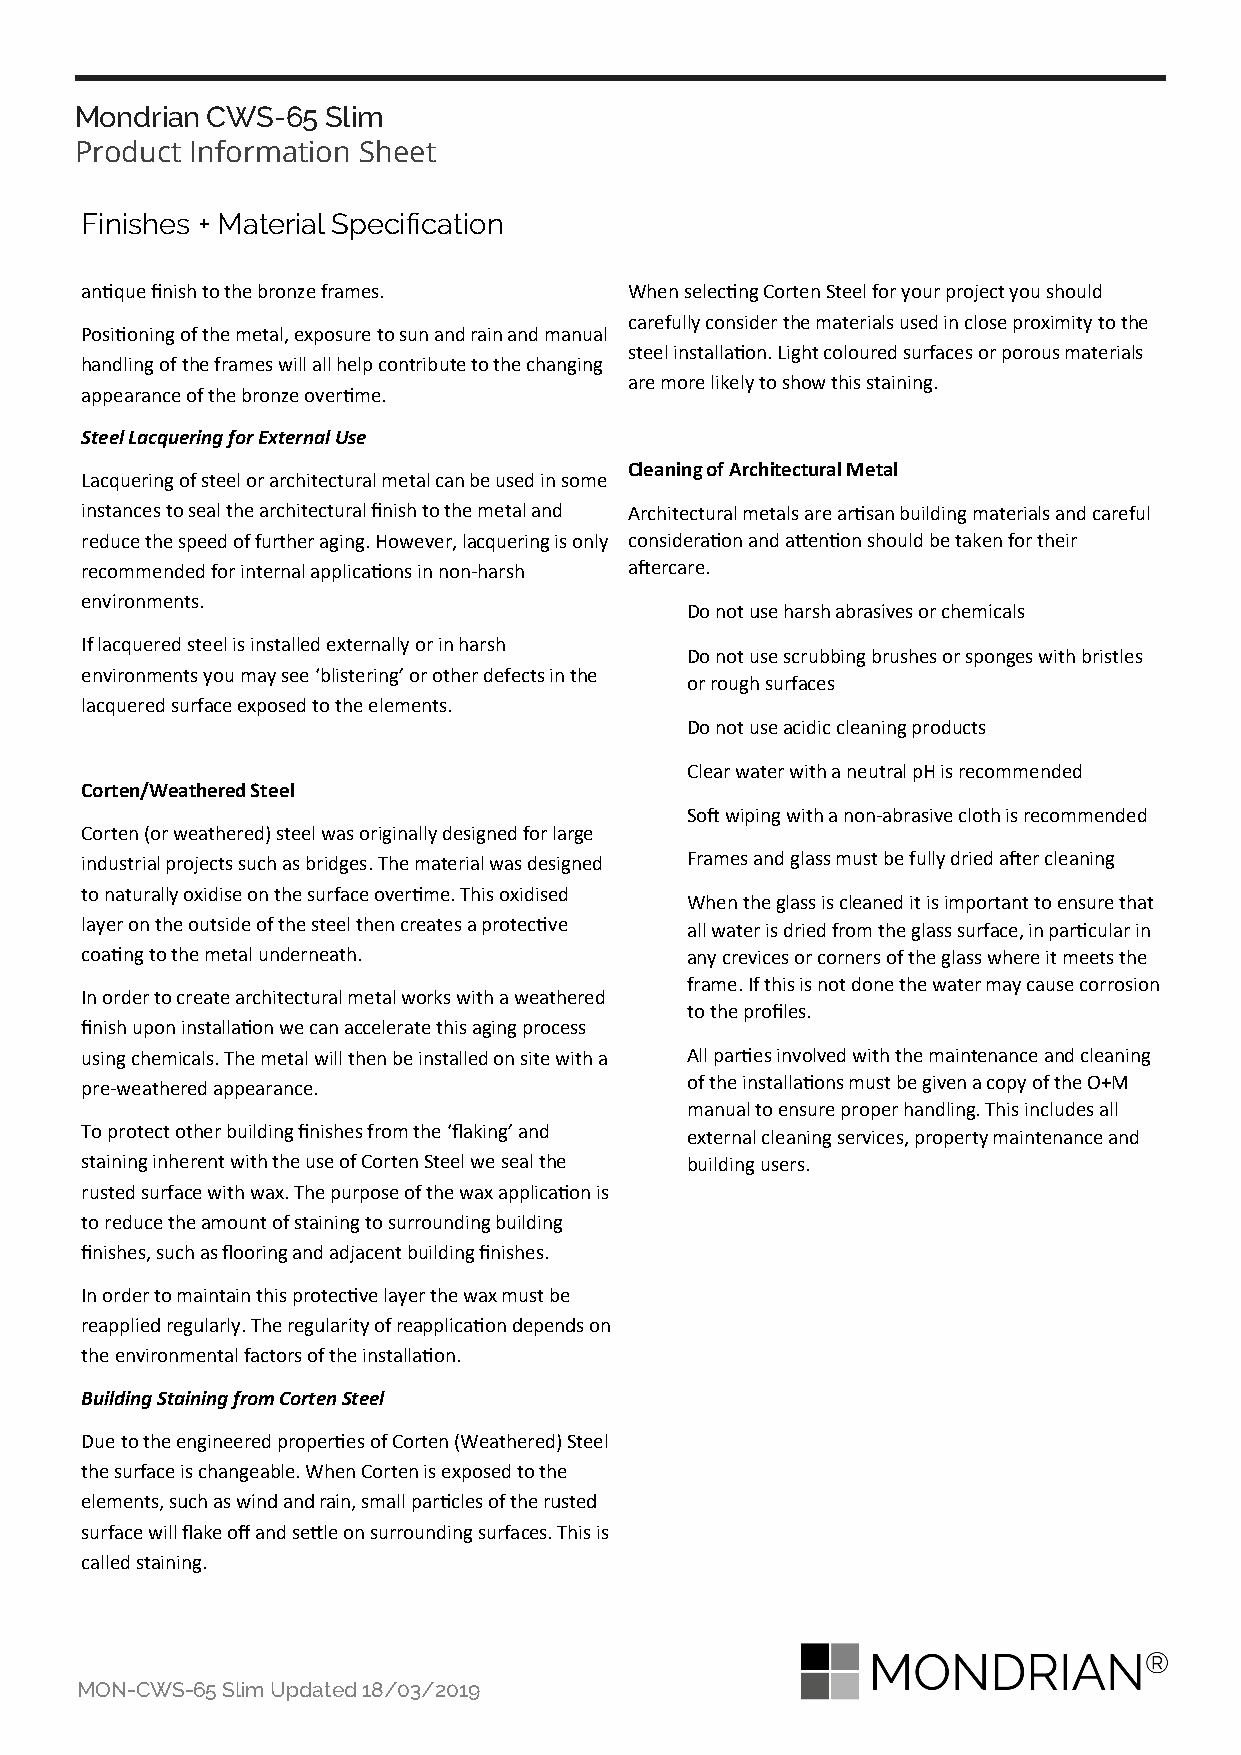
Mondrian CWS-65  Slim
 Product Information Sheet
 Finishes + Material Specification
 antique finish to the bronze frames. When selecting Corten Steel for your project you should
 carefully consider the materials used in close proximity to the
 Positioning of the metal, exposure to sun and rain and manual
 steel installation. Light coloured surfaces or porous materials
 handling of the frames will all help contribute to the changing
 are more likely to show this staining.
 appearance of the bronze overtime.
 Steel Lacquering for External Use
 Cleaning of Architectural Metal
 Lacquering of steel or architectural metal can be used in some
 instances to seal the architectural finish to the metal and Architectural metals are artisan building materials and careful
 reduce the speed of further aging. However, lacquering is only consideration and attention should be taken for their
 recommended for internal applications in non-harsh aftercare.
 environments.
 Do not use harsh abrasives or chemicals
 If lacquered steel is installed externally or in harsh
 Do not use scrubbing brushes or sponges with bristles
 environments you may see ‘blistering’ or other defects in the
 or rough surfaces
 lacquered surface exposed to the elements.
 Do not use acidic cleaning products
 Clear water with a neutral pH is recommended
 Corten/Weathered Steel
 Soft wiping with a non-abrasive cloth is recommended
 Corten (or weathered) steel was originally designed for large
 industrial projects such as bridges. The material was designed Frames and glass must be fully dried after cleaning
 to naturally oxidise on the surface overtime. This oxidised
 When the glass is cleaned it is important to ensure that
 layer on the outside of the steel then creates a protective all water is dried from the glass surface, in particular in
 coating to the metal underneath.        any crevices or corners of the glass where it meets the
 frame. If this is not done the water may cause corrosion
 In order to create architectural metal works with a weathered
 to the profiles.
 finish upon installation we can accelerate this aging process
 using chemicals. The metal will then be installed on site with a All parties involved with the maintenance and cleaning
 pre-weathered appearance.               of the installations must be given a copy of the O+M
 manual to ensure proper handling. This includes all
 To protect other building finishes from the ‘flaking’ and external cleaning services, property maintenance and
 staining inherent with the use of Corten Steel we seal the building users.
 rusted surface with wax. The purpose of the wax application is
 to reduce the amount of staining to surrounding building
 finishes, such as flooring and adjacent building finishes.
 In order to maintain this protective layer the wax must be
 reapplied regularly. The regularity of reapplication depends on
 the environmental factors of the installation.
 Building Staining from Corten Steel
 Due to the engineered properties of Corten (Weathered) Steel
 the surface is changeable. When Corten is exposed to the
 elements, such as wind and rain, small particles of the rusted
 surface will flake off and settle on surrounding surfaces. This is
 called staining.
 MON-CWS-65 Slim Updated 18/03/2019